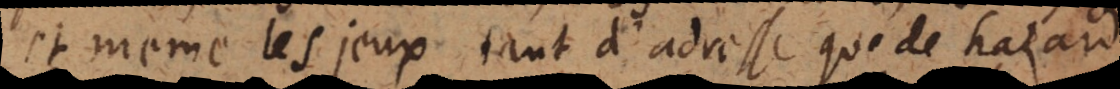
et meme les jeux tant d’adresse que de hazard